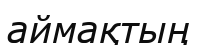
аймақтың